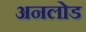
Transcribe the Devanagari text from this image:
अनलोड